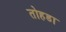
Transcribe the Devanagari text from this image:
तोहडा